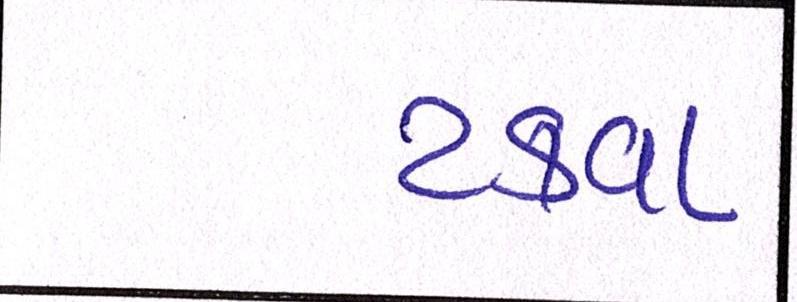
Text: ટકવા